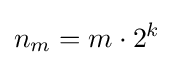
n_{m}=m\cdot 2^{k}